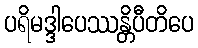
ပရိမဒ္ဒါပေဿန္တိပီတိပေ